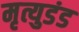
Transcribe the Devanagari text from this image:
मृत्युडंड